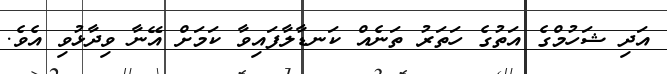
އަދި ޝަހުމްގެ އަތުގެ ހަތަރު ތަނެއް ކަނޑާލާފައިވާ ކަމަށް އޭނާ ވިދާޅުވި އެވެ.